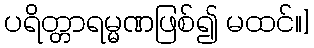
ပရိတ္တာရမ္မဏဖြစ်၍ မထင်။]